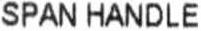
SPAN HANDLE